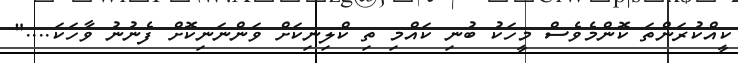
ކީއްކުރަންތަ ކޮންމެވެސް މީހަކު ބުނި ކައްމި ތި ކްލިނިކަށް ވަންނަނިކޮށް ފެނުނު ވާހަކަ...."